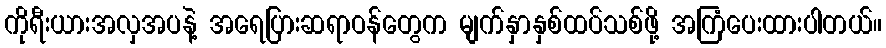
ကိုရီးယားအလှအပနဲ့ အရေပြားဆရာဝန်တွေက မျက်နှာနှစ်ထပ်သစ်ဖို့ အကြံပေးထားပါတယ်။